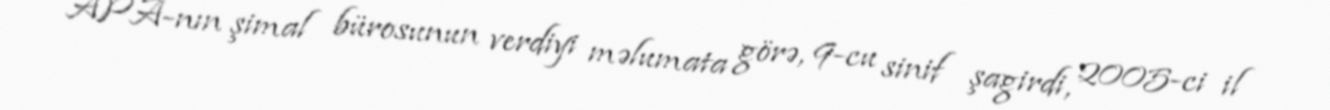
APA-nın şimal bürosunun verdiyi məlumata görə, 9-cu sinif şagirdi, 2005-ci il